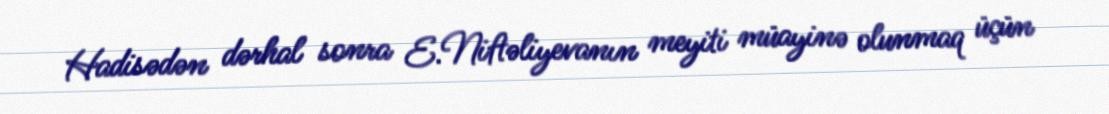
Hadisədən dərhal sonra E.Niftəliyevanın meyiti müayinə olunmaq üçün